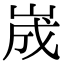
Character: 𡷫